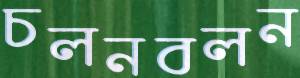
চলনবলন